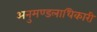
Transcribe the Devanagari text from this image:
अनुमण्डलाधिकारी